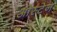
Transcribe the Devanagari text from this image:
ओस्टेन